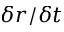
\delta r / \delta t